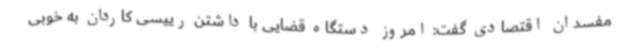
مفسدان اقتصادی گفت: امروز دستگاه قضایی با داشتن رییسی کاردان به خوبی